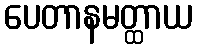
ပေတာနမတ္ထာယ